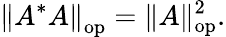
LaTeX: \left\| A^{*}A\right\| _{\mathrm{op}}=\| A\| _{\mathrm{op}}^{2}.